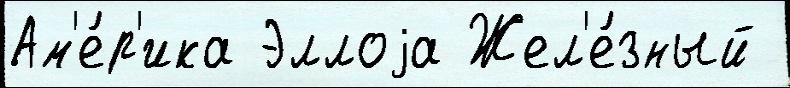
Ам'е́р'ика Эллоjа Жел'е́зный